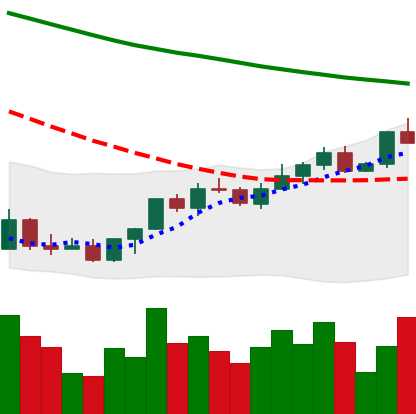
Ticker: LINK-USD
Chart end date: 2022-03-28
Forward return: 5.365%
Label: up_5_7